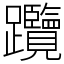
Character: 𨈇